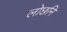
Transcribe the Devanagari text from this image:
लोछनि